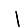
Digit: 1